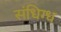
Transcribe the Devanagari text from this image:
संधिग्ध